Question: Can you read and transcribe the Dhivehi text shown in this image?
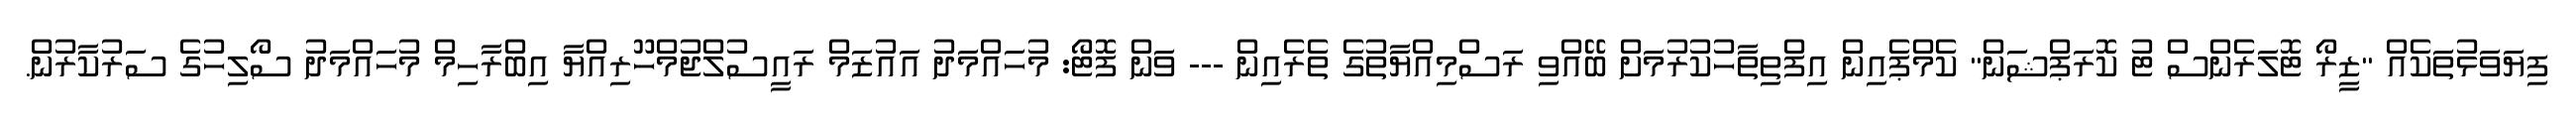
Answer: ފިޔަވަޅުތަކެއް "ޒީރޯ ޓޮލަރެންސް ޓު ކޮރަޕްޝަން" ކެމްޕެއިން އިފްތިތާހުކުރުމަށް ބޭއްވި ރަސްމިއްޔާތުގެ ތެރެއިން --- ވަން ފޮޓޯ: މުހައްމަދު އައުޒަމް ރައީސުލްޖުމްހޫރިއްޔާ އިބްރާހިމް މުހައްމަދު ސޯލިހުގެ ސަރުކާރުން.